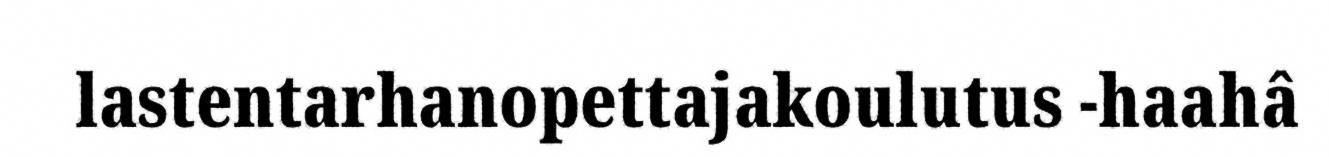
lastentarhanopettajakoulutus -haahâ